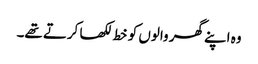
وہ اپنے گھر والوں کو خط لکھا کرتے تھے۔